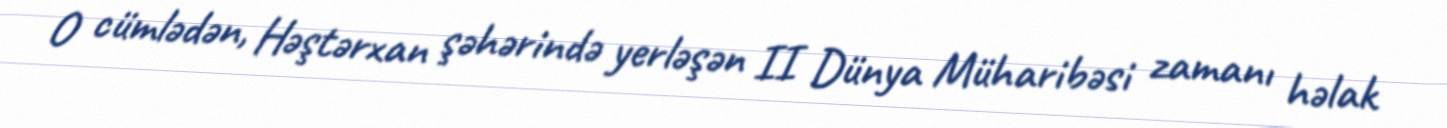
O cümlədən, Həştərxan şəhərində yerləşən II Dünya Müharibəsi zamanı həlak